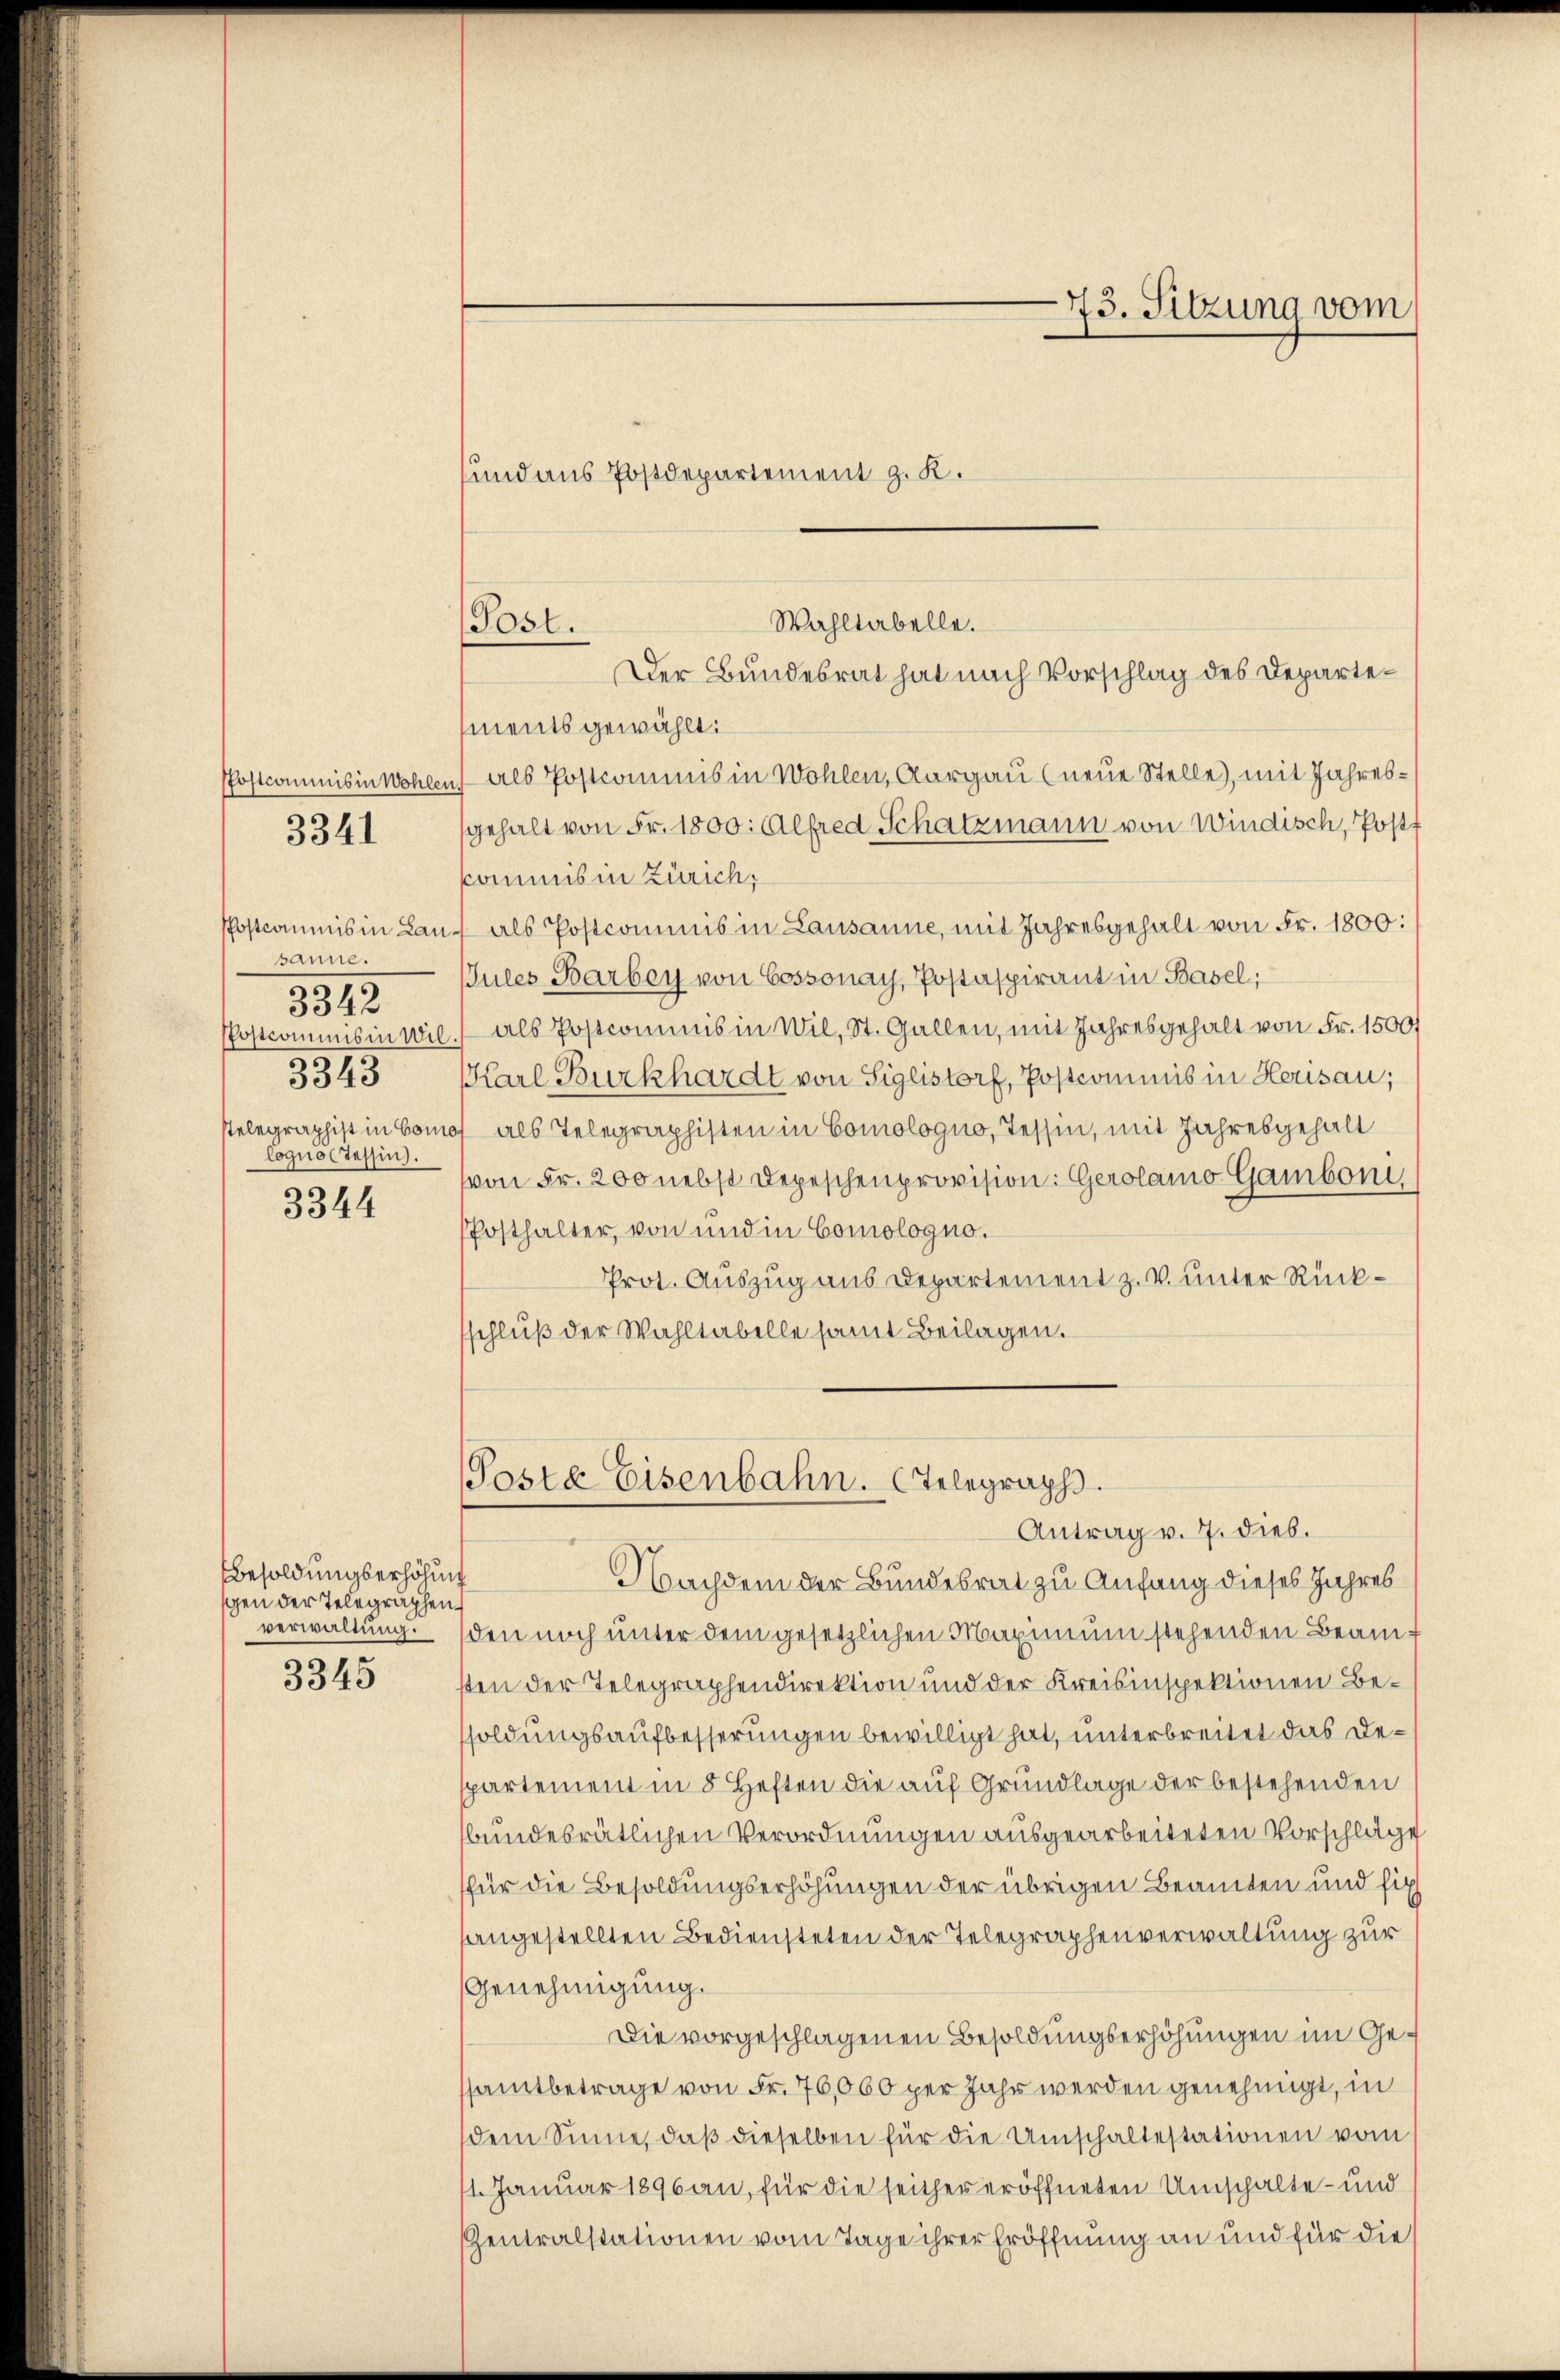
3341

sanne.
3343
Postcommis in Wil.
3343
Cogus Tessin.

3344

Besoldungserhöhung
gen der Telegraphen,
verwaltung.

3345

ments gewählt:
Postcommis in Wohlen, als Postkommnis in Wohlen, Aargau (neue Stelle), mit Jahressgehalt von Fr. 1800. Alfred Schatzmann von Windisch, Postf
kommis in Zürich,
Postcommis in Lan- als Postcommis in Lausanne, mit Jahresgehalt von Fr. 1800:
Jules Barbey von Cossonay, Postaspirant in Basel;
als Postcommis in Wil, St. Gallen, mit Jahresgehalt von Fr. 1500f
Karl Burkhardt von Siglistorf, Postcommis in Herisau;
stelegraphist in Como als Telegraphisten in Comologno, Tessin, mit Jahresgehalt
von Fr. 200 nebst Depeschenprovision: Gerolamo Gamboni
PPosthalter, von und in Comologno.
Prot. Auszug aus Departement z. v. unter Rückschluß der Wahltabelle samt Beilagen.

Wahltabelle.
(Post.
Der Bundesrat hat nach Vorschlag des Departe¬

sund aus Postdepartement z. K.

Poste Eisenbahn. Telegraph.
Antrag v. 7. dies.

73. Sitzung vom

Nachdem der Bundesrat zu Anfang dieses Jahres
den noch unter dem gesetzlichen Maximum stehenden Beamsten der Telegraphendirektion und der Kreisinspektionen Besoldungsaufbesserungen bewilligt hat, unterbreitet das Despartement in 8 Heften die auf Grundlage der bestehenden
bundesrätlichen Verordnungen ausgearbeiteten Vorschläge
für die Besoldungserhöhungen der übrigen Beamten und sich
sangestellten Bediensteten der Telegraphenverwaltung zur
Genehmigung.
Die vorgeschlagenen Besoldungserhöhungen im Gesamtbetrage von Fr. 76,000 per Jahr werden genehmigt, in
dem Sinne, daβ dieselben für die Umschaltestationen vom
11. Januar 1896 an, für die seither eröffneten Umschalte - und
Zentralstationen vom Tage ihrer Eröffnung an und für die